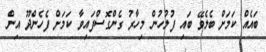
ބައެއް ކަމަަށް ބެލެވޭ ބައި ފުލުހުން މިހާރު ގެންގޮސްފައިވާ ކަމަށް ފެހެންދޫ އިން